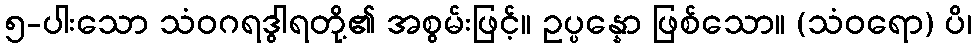
၅-ပါးသော သံဝဂရဒွါရတို့၏ အစွမ်းဖြင့်။ ဥပ္ပန္နော ဖြစ်သော။ (သံဝရော) ပိ၊